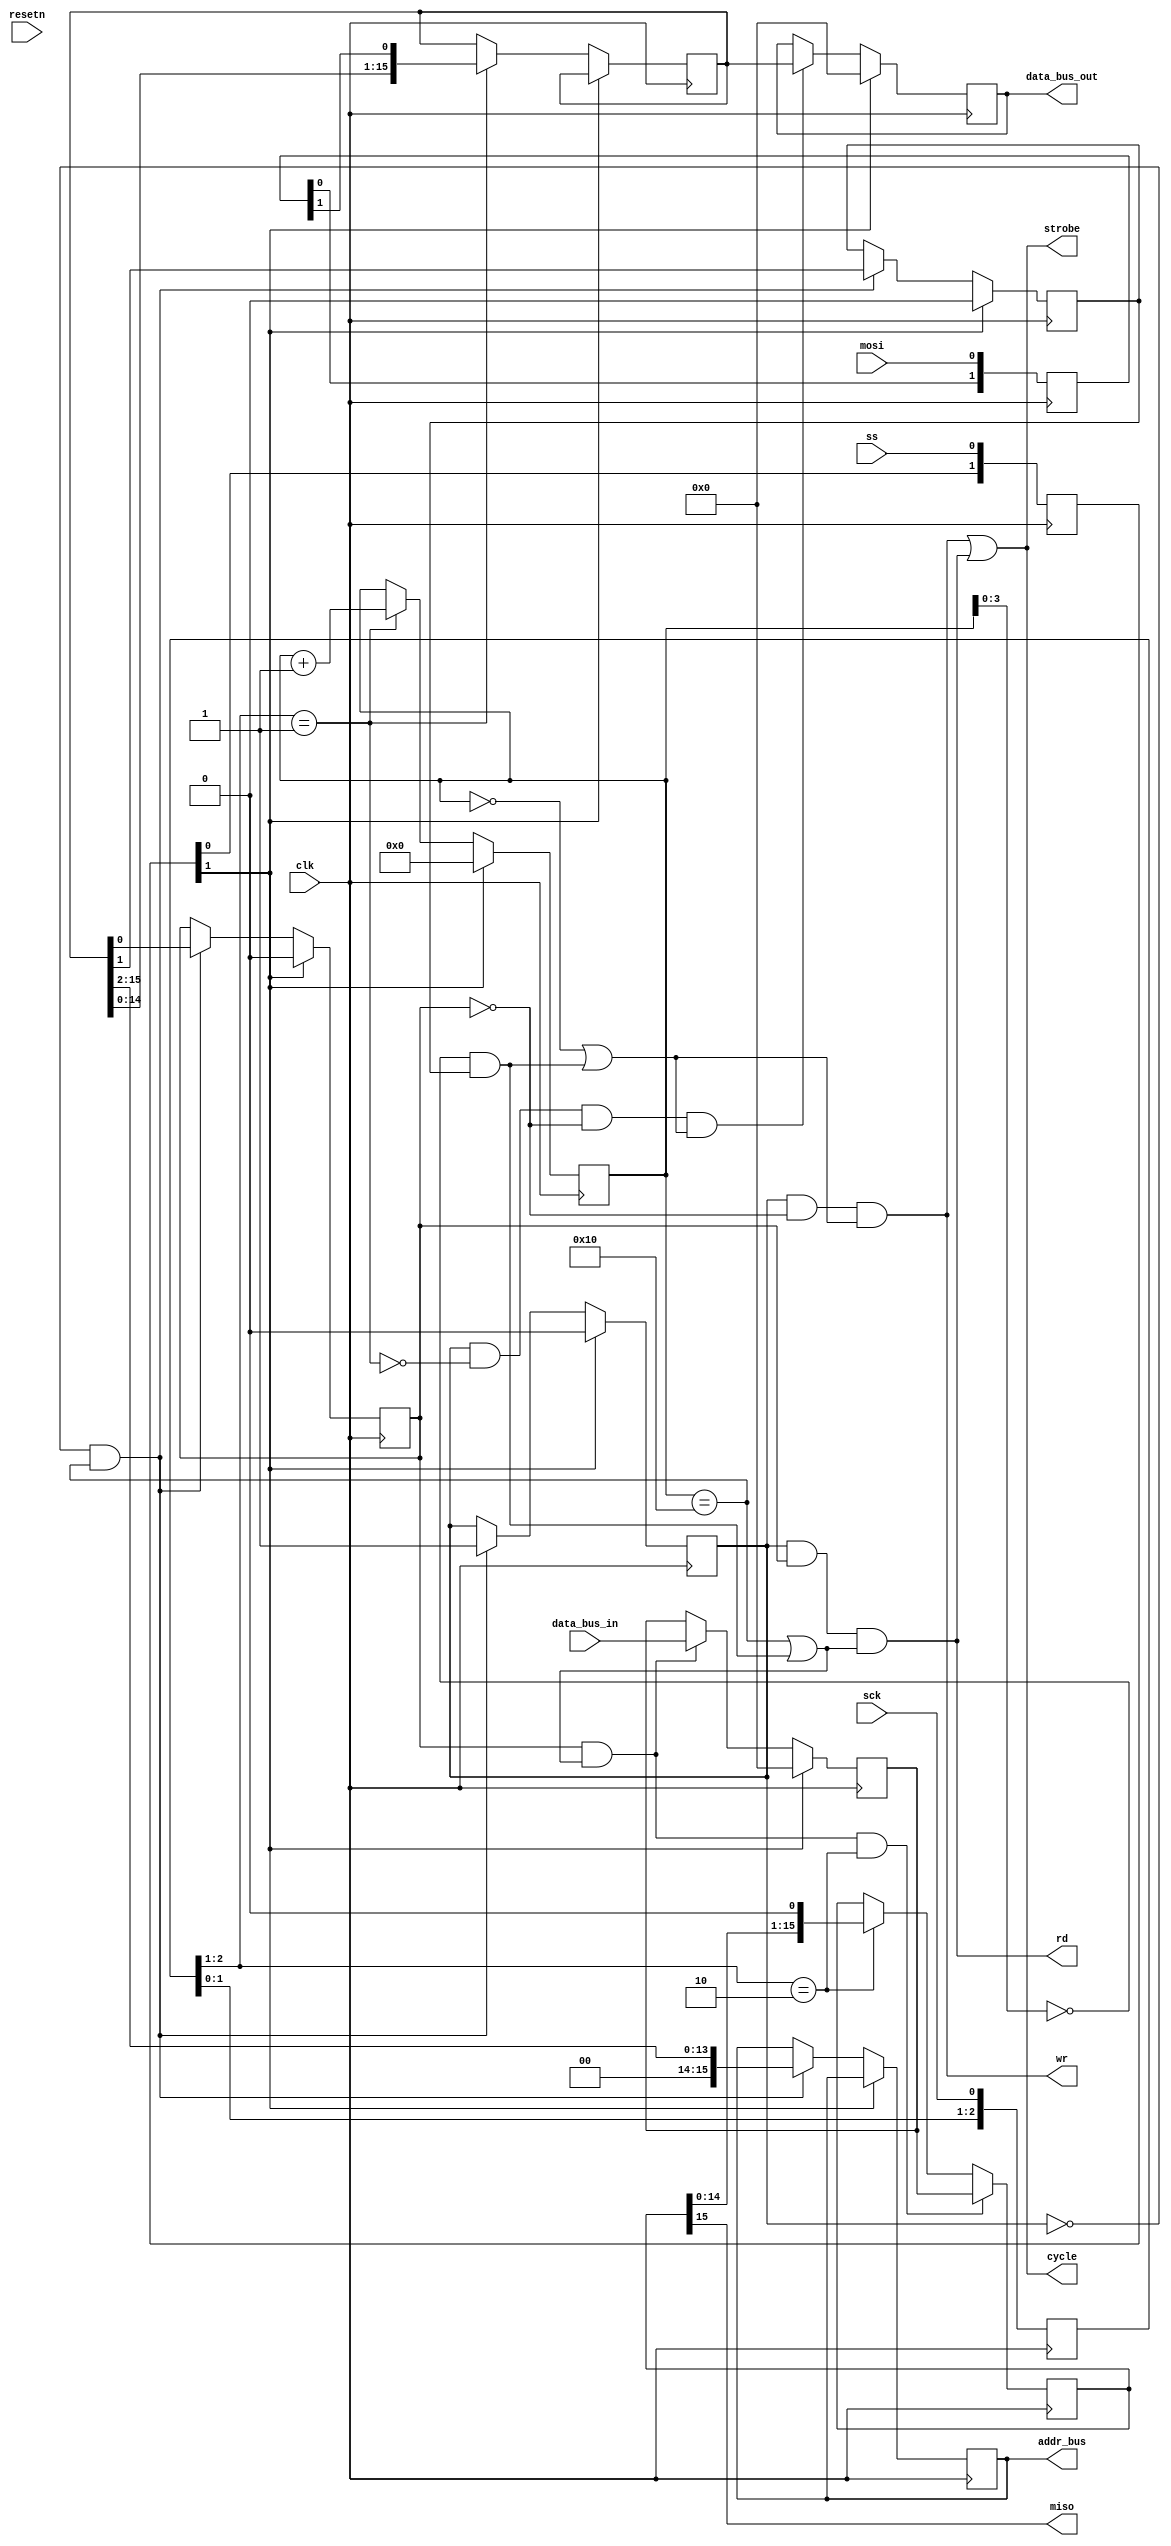
/*
 * Copyright 2016 <Admobilize>
 * MATRIX Labs  [http://creator.matrix.one]
 * This file is part of MATRIX Creator HDL for Spartan 6
 *
 * MATRIX Creator HDL is like free software: you can redistribute 
 * it and/or modify it under the terms of the GNU General Public License 
 * as published by the Free Software Foundation, either version 3 of the 
 * License, or (at your option) any later version.

 * This program is distributed in the hope that it will be useful, but 
 * WITHOUT ANY WARRANTY; without even the implied warranty of 
 * MERCHANTABILITY or FITNESS FOR A PARTICULAR PURPOSE.  See the GNU 
 * General Public License for more details.

 * You should have received a copy of the GNU General Public License along
 * with this program.  If not, see <http://www.gnu.org/licenses/>.
 */

`timescale 1ns / 1ps
module spi2ad_bus #(
       parameter ADDR_WIDTH = 16,
       parameter DATA_WIDTH = 16
) (
  input  clk,
  input  resetn,

  // SPI interface
  input  mosi,
  input  ss,
  input  sck,
  output miso,
  
  input  [DATA_WIDTH-1:0] data_bus_in,
  output [DATA_WIDTH-1:0] data_bus_out,
  output [ADDR_WIDTH-1:0] addr_bus,
  output wr,
  output rd,
  output strobe,
  output cycle
);

/*
                    ____________
 mosi     -------->|            |<-------- data_bus_in                   |
 miso     <--------|            |--------> data_bus_out                  |CONTROL SIGNALS 
                   |            |--------> addr_bus                      |
                   | spi2ad_bus |
                   |            |--------> wr
                   |            |--------> rd                            |
 sck      -------->|            |--------> strobe                        |DATA SIGNALS
 ss       -------->|____________|--------> cycle                         |

*/


reg  [4:0] bit_count;                            // Debido al tamao del bus 0 -> 15
reg  [DATA_WIDTH-1:0] data_in_sr; 
reg  [DATA_WIDTH-1:0] data_out_sr;
reg  [ADDR_WIDTH-1:0] addr_bus_latched;
reg  [DATA_WIDTH-1:0] data_in_latched;
reg  auto_inc; 
reg  rd_wrn; 
reg  data_confn; 

//==============================
// Seales de sincronizacion
//==============================

// Sync SCK to the FPGA clock using a 3-bits shift register
reg [2:0] SCKr;  always @(negedge clk)   SCKr <= {SCKr[1:0], sck};

// Sync ss to the FPGA clock using a 3-bits shift register
reg [2:0] SSELr;  always @(negedge clk) SSELr <= {SSELr[1:0], ss};

// and for MOSI
reg [1:0] MOSIr;  always @(posedge clk) MOSIr <= {MOSIr[0], mosi};

//* Este componente genera los buses de direcciones y datos a partir de los comandos SPI
//This component generates the addr/data bus from spi commands
// communication is made in 16 bit per word in mode 0 at max speed 50Mhz (for now)
// The first written word is interprated as follow:
// [15 : 2] 14 bit bus address
// [1]      one for auto increment address, zero otherwise
// [0]      one if read, zero if write
wire SCK_risingedge  = (SCKr[2:1]==2'b01);  // Detecta los flancos de subida
wire SCK_fallingedge = (SCKr[2:1]==2'b10);  // Detecta los flancos de bajada

wire SSEL_active       = ~SSELr[1];           // SSEL is active low
wire SSEL_startmessage = (SSELr[2:1]==2'b10); // message starts at falling edge
wire SSEL_endmessage   = (SSELr[2:1]==2'b01); // message stops at rising edge
wire MOSI_data         = MOSIr[1];


always @(posedge clk)
begin
  if (~SSEL_active) begin
    bit_count  <=  4'h0;
  end else if (SCK_risingedge) begin
    data_in_sr[DATA_WIDTH-1:0] <= {data_in_sr[DATA_WIDTH-2:0], MOSI_data};
    bit_count <= bit_count + 1;
  end

end

wire en_data_out_sr;
assign en_data_out_sr = rd_wrn & ( (bit_count == 5'h10) | ( (bit_count[3:0] == 0) & auto_inc ) );

//----------------------------------------
//Salida de datos
//----------------------------------------
always @(posedge clk)
begin
  if (~SSEL_active) begin
    data_out_sr <=  {DATA_WIDTH{1'b0}};
  end else begin
    
    if(en_data_out_sr)begin 
      data_out_sr <= data_bus_in;
    end else begin
      data_out_sr <= data_out_sr;    
    end
  
  end
end

reg [DATA_WIDTH-1:0] miso_sr;

always @(posedge clk)
begin
  if (en_data_out_sr & SCK_fallingedge ) begin
    miso_sr <= data_out_sr;
  end else begin
    
    if(SCK_fallingedge)begin 
      miso_sr <= { miso_sr[DATA_WIDTH-2:0] , 1'b0 };
    end else begin
      miso_sr <= miso_sr;    
    end
  
  end
end

assign miso = miso_sr[DATA_WIDTH-1]; 
always @(posedge clk)
begin
  if (~SSEL_active) begin
    data_confn <= 1'b0;
    auto_inc   <= 1'b0;
    rd_wrn     <= 1'b0;
  end else begin
    if ( (data_confn == 1'b0) && (bit_count == 5'h10) )  begin   //Read address first 16 bits
      addr_bus_latched <= {2'b00, data_in_sr[DATA_WIDTH-1:2]};
      auto_inc           <= data_in_sr[1];                // 
      rd_wrn             <= data_in_sr[0];                // 
      data_confn         <= 1'b1;                         // enable read the second 16 bits (data)
    end
  end
end


assign data_bus_out  = data_in_latched;
assign addr_bus = addr_bus_latched;

wire en_data_in_latched ;

assign en_data_in_latched = (data_confn & ~SCK_risingedge & ~rd_wrn) & ( (bit_count == 5'h00)  | ( bit_count[3:0] == 0) & auto_inc ) ;

always @(posedge clk) begin
  if(~SSEL_active) begin
    data_in_latched <= {DATA_WIDTH{1'b0}};
  end else begin
    if(en_data_in_latched) begin
      data_in_latched <= data_in_sr[15:0];
    end else begin
      data_in_latched <= data_in_latched;
    end
  end
end

wire en_wr, en_rd;
assign wr = (data_confn == 1'b1) & ~rd_wrn & ( (bit_count == 5'h00) | ( (bit_count[3:0] == 0) & auto_inc ) );
assign rd = (data_confn == 1'b1) & rd_wrn & ( (bit_count == 5'h10) | ( (bit_count[3:0] == 0) & auto_inc ) );

assign strobe = wr | rd;
assign cycle = strobe;


initial begin
  bit_count = 0;
  data_in_sr = 0;
  data_out_sr = 0; 
  addr_bus_latched = 0;
  data_in_latched = 0;
  auto_inc = 0;
  rd_wrn = 0;
  data_confn= 0; 
  miso_sr = 0;  
end

endmodule